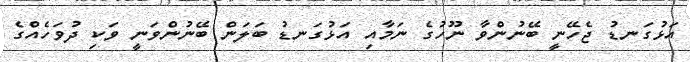
އަޅުގަނޑު ޖެހޭނީ ބޭނުންވާ ނޫހުގެ ނަމާއި އަޅުގަނޑު ބަލަން ބޭނުންވަނީ ވަކި ދުވަހެއްގެ